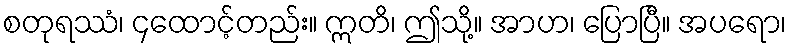
စတုရဿံ၊ ၄ထောင့်တည်း။ ဣတိ၊ ဤသို့။ အာဟ၊ ပြောပြီ။ အပရော၊